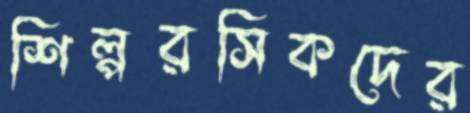
শিল্পরসিকদের